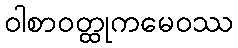
ဝါစာဝတ္ထုကမေဝဿ